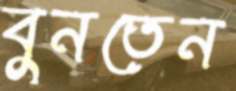
বুনতেন